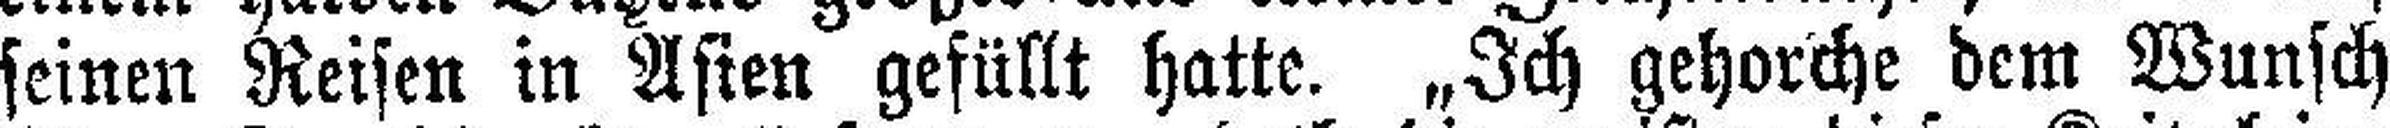
seinen Reisen in Asien gefüllt hatte. „Ich gehorche dem Wunsch